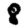
Digit: 8